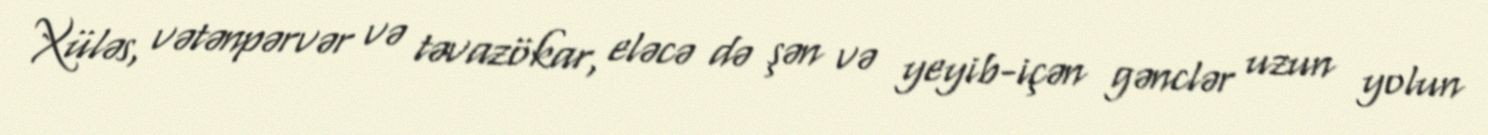
Xüləs, vətənpərvər və təvazökar, eləcə də şən və yeyib-içən gənclər uzun yolun